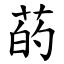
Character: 菂